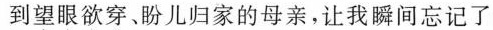
到望眼欲穿、盼儿归家的母亲，让我瞬间忘记了